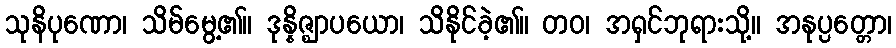
သုနိပုဏော၊ သိမ်မွေ့၏။ ဒုန္နိဇ္ဈာပယော၊ သိနိုင်ခဲ့၏။ တဝ၊ အရှင်ဘုရားသို့။ အနုပ္ပတ္တော၊